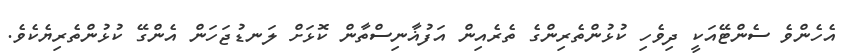
އެހެންވެ ސެންޓޭއަކީ ދިވެހި ކުޅުންތެރިންގެ ތެރެއިން އަފުޣާނިސްތާން ކޮޅަށް ލަނޑުޖަހަން އެންގޭ ކުޅުންތެރިޔެކެވެ.